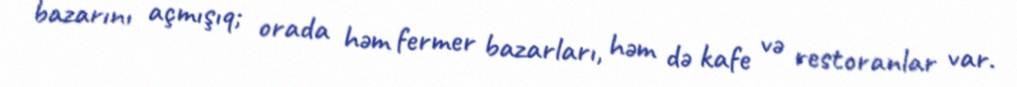
bazarını açmışıq; orada həm fermer bazarları, həm də kafe və restoranlar var.